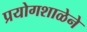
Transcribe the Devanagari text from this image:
प्रयोगशाळेने